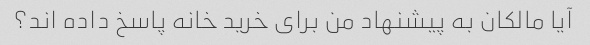
آیا مالکان به پیشنهاد من برای خرید خانه پاسخ داده اند؟